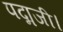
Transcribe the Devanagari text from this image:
पद्मजी।